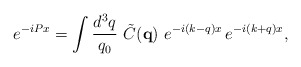
\begin{align*}e^{-iPx} = \int \frac{d^3q}{q_0}\, \, \tilde{C}({\mathbf{q}}) \,\, e^{-i(k-q)x} \, e^{-i(k+q)x} , \end{align*}